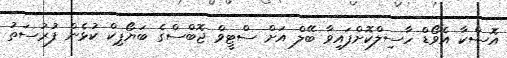
އޮސްކާ އެވޯޑް ހާސިލްކޮށްފައިވާ ބޭލް އަށް ސްޓީވް ޖޮބްސްގެ ބަޔޯޕިކް ކުޅެން ފުރުސަތު